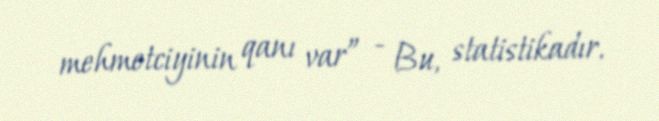
mehmetciyinin qanı var” - Bu, statistikadır.